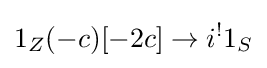
1_{Z}(-c)[-2c]\to i^{!}1_{S}